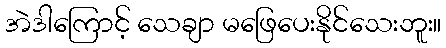
အဲဒါကြောင့် သေချာ မဖြေပေးနိုင်သေးဘူး။